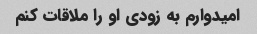
امیدوارم به زودی او را ملاقات کنم